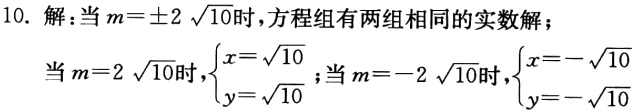
10. 解：当\(m = \pm 2\sqrt{10}\)时，方程组有两组相同的实数解；
当\(m = 2\sqrt{10}\)时，\(\begin{cases}x = \sqrt{10}\\y = \sqrt{10}\end{cases}\)；当\(m = - 2\sqrt{10}\)时，\(\begin{cases}x = -\sqrt{10}\\y = -\sqrt{10}\end{cases}\)